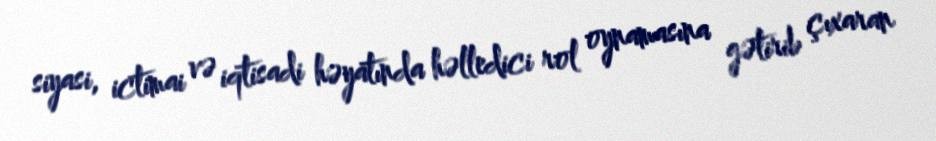
siyasi, ictimai və iqtisadi həyatında həlledici rol oynamasına gətirib çıxaran